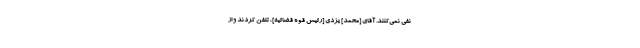
نفى نمى‌كنند. آقاى [محمد] یزدى [رئیس قوه قضائیه]، تلفن كردند و از